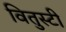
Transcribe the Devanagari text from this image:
वितुस्टी